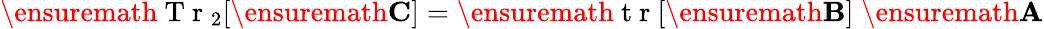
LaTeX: \ensuremath{\mathrm{~T~r~}}_{2}[\ensuremath{\mathbf{C}}]=\ensuremath{\mathrm{~t~r~}}[\ensuremath{\mathbf{B}}]\; \ensuremath{\mathbf{A}}